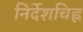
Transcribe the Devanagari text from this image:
निर्देशचिह्न